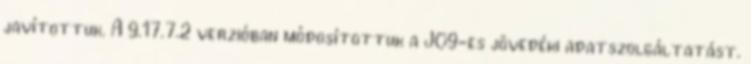
javítottuk. A 9.17.7.2 verzióban módosítottuk a J09-es jövedéki adatszolgáltatást.